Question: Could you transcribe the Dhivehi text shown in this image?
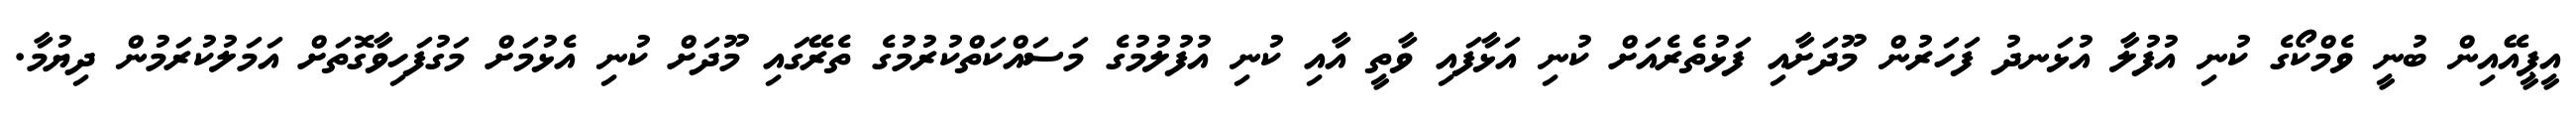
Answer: އީޕީއޭއިން ބުނީ ވެމްކޯގެ ކުނި އުފުލާ އުޅަނދު ފަހަރުން މޫދަށާއި ފަޅުތެރެއަށް ކުނި އަޅާފައި ވާތީ އާއި ކުނި އުފުލުމުގެ މަސައްކަތްކުރުމުގެ ތެރޭގައި މޫދަށް ކުނި އެޅުމަށް މަގުފަހިވާގޮތަށް އަމަލުކުރަމުން ދިޔުމާ.